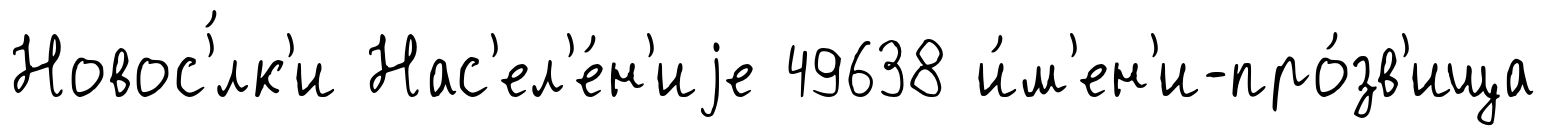
Новос'́лк'и Нас'ел'е́н'иjе 49638 и́м'ен'и-про́зв'ища